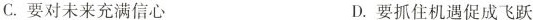
C. 要对未来充满信心 D. 要抓住机遇促成飞跃